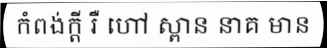
កំពង់ក្តី រឺ ហៅ ស្ពាន នាគ មាន